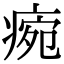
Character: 𤷧